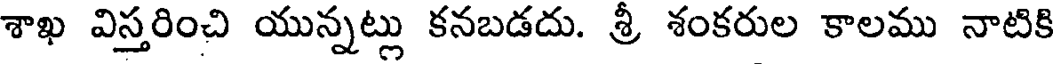
శాఖ విస్తరించి యున్నట్లు కనబడదు. శ్రీ శంకరుల కాలము నాటికి